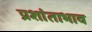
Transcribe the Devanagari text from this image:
प्रशांताभाव